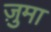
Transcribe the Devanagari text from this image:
ज़ुमा